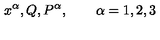
x ^ { \alpha } , Q , P ^ { \alpha } , \qquad \alpha = 1 , 2 , 3